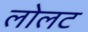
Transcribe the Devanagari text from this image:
लोलट